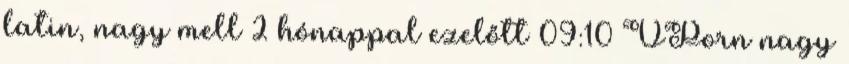
latin, nagy mell 2 hónappal ezelőtt 09:10 VPorn nagy